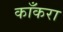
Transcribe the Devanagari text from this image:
काँकरा